Black-water fever - Number 35
Disease focus: Fever
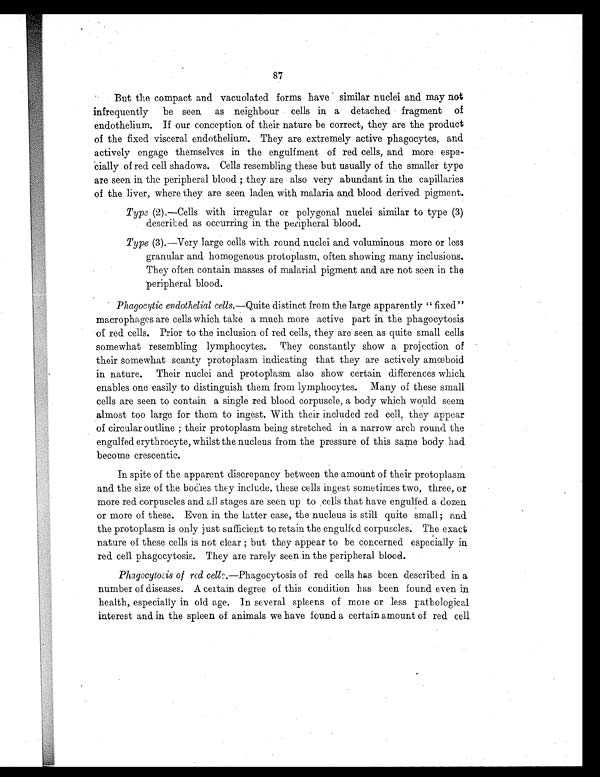
87
But the compact and vacuolated forms have similar nuclei and may not
infrequently be seen as neighbour cells in a detached fragment of
endothelium. If our conception of their nature be correct, they are the product
of the fixed visceral endothelium. They are extremely active phagocytes, and
actively engage themselves in the engulfment of red cells, and more espe-
cially of red cell shadows. Cells resembling these but usually of the smaller type
are seen in the peripheral blood ; they are also very abundant in the capillaries
of the liver, where they are seen laden with malaria and blood derived pigment.
Type (2).—Cells with irregular or polygonal nuclei similar to type (3)
described as occurring in the peripheral blood.
Type (3).—Very large cells with round nuclei and voluminous more or less
granular and homogenous protoplasm, often showing many inclusions.
They often contain masses of malarial pigment and are not seen in the
peripheral blood.
Phagocytic endothelial cells. —Quite distinct from the large apparently "fixed"
macrophages are cells which take a much more active part in. the phagocytosis
of red cells. Prior to the inclusion of red cells, they are seen as quite small cells
somewhat resembling lymphocytes. They constantly show a projection of
their somewhat scanty protoplasm indicating that they are actively amœboid
in nature. Their nuclei and protoplasm also show certain differences which
enables one easily to distinguish them from lymphocytes. Many of these small
cells are seen to contain a single red blood corpuscle, a body which would seem
almost too large for them to ingest. With their included red cell, they appear
of circular outline ; their protoplasm being stretched in a narrow arch round the
engulfed erythrocyte, whilst the nucleus from the pressure of this same body had
become crescentic.
In spite of the apparent discrepancy between the amount of their protoplasm
and the size of the bodies they include, these cells ingest sometimes two, three, or
more red corpuscles and all stages are seen up to cells that have engulfed a dozen
or more of these. Even in the latter case, the nucleus is still quite small ; and
the protoplasm is only just sufficient to retain the engulfed corpuscles. The exact
nature of these cells is not clear ; but they appear to he concerned especially in
red cell phagocytosis. They are rarely seen in the peripheral blood.
Phagocytosis of red cells.— P h a g o c y t o s i s o f r e d c e l l s h a s b e e n d e s c r i b e d i n a
number of diseases. A certain degree of this condition has been found even in
health, especially in old age. In several spleens of more or less pathological
interest and in the spleen of animals we have found a certain amount of red cell